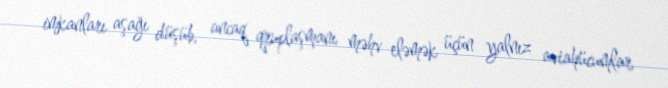
imkanları aşağı düşüb, ancaq qruplaşmanı məhv eləmək üçün yalnız aviahücumlar